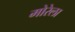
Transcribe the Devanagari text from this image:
मोरेला